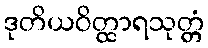
ဒုတိယဝိတ္ထာရသုတ္တံ